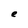
Character: e